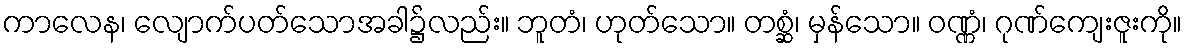
ကာလေန၊ လျောက်ပတ်သောအခါ၌လည်း။ ဘူတံ၊ ဟုတ်သော။ တစ္ဆံ၊ မှန်သော။ ဝဏ္ဏံ၊ ဂုဏ်ကျေးဇူးကို။